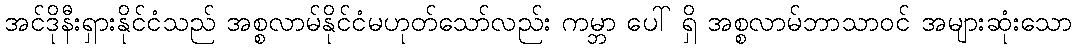
အင်ဒိုနီးရှားနိုင်ငံသည် အစ္စလာမ်နိုင်ငံမဟုတ်သော်လည်း ကမ္ဘာ ပေါ် ရှိ အစ္စလာမ်ဘာသာဝင် အများဆုံးသော